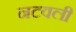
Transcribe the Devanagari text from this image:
नटवली